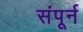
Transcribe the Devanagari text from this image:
संपूर्न